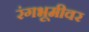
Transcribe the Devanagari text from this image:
रंंगभूमीवर